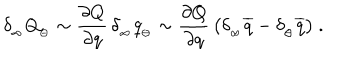
LaTeX: \delta _ { _ \infty } Q _ { _ { \ominus } } \sim { \frac { \partial Q } { \partial q } } \, \delta _ { _ \infty } q _ { _ { \ominus } } \sim { \frac { \partial Q } { \partial q } } \, \big ( \delta _ { _ \infty } \overline { { { q } } } - \delta _ { _ \ominus } \overline { { { q } } } \big ) \ .